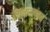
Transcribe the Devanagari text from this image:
रचनावलंबन